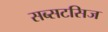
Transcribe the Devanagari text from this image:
सब्सटसिज